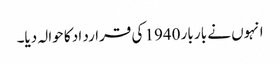
انہوں نے بار بار 1940 کی قرارد اد کا حوالہ دیا۔